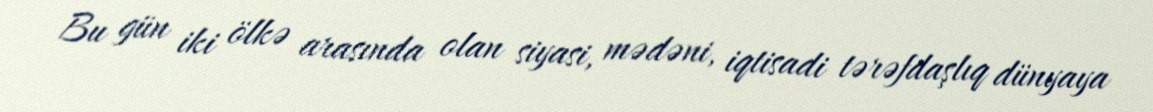
Bu gün iki ölkə arasında olan siyasi, mədəni, iqtisadi tərəfdaşlıq dünyaya